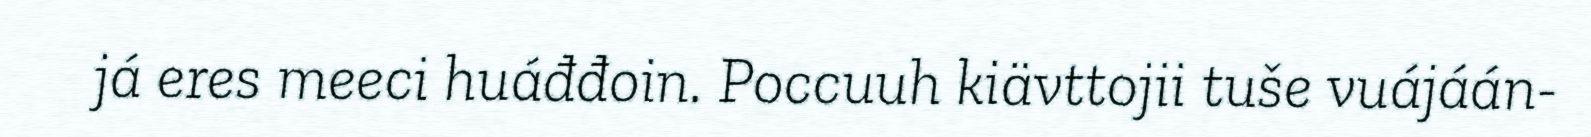
já eres meeci huáđđoin. Poccuuh kiävttojii tuše vuájáán-